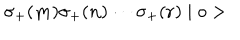
\sigma _ { + } ( { \bf m } ) \sigma _ { + } ( { \bf n } ) \cdots \sigma _ { + } ( { \bf r } ) \mid o >